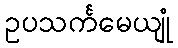
ဥပသင်္ကမေယျုံ